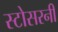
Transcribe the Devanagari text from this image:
स्टोसरनी